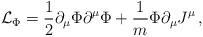
LaTeX: \begin{align*} {\cal L}_\Phi =\frac{1}{2}\partial_\mu\Phi\partial^\mu\Phi +\frac{1}{m} \Phi\partial_\mu J^\mu\, ,\end{align*}